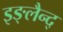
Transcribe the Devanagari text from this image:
इङ्लैन्द्